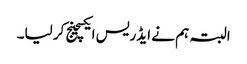
البتہ ہم نے ایڈریس ایکسچینج کر لیا۔